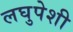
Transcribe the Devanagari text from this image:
लघुपेशी